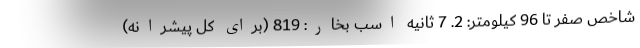
شاخص صفر تا 96 کیلومتر: 2. 7 ثانیه اسب بخار: 819 (برای کل پیشرانه)